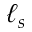
\ell _ { s }